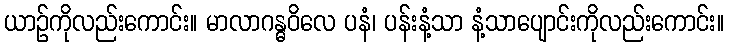
ယာဉ်ကိုလည်းကောင်း။ မာလာဂန္ဓဝိလေ ပနံ၊ ပန်းနံ့သာ နံ့သာပျောင်းကိုလည်းကောင်း။